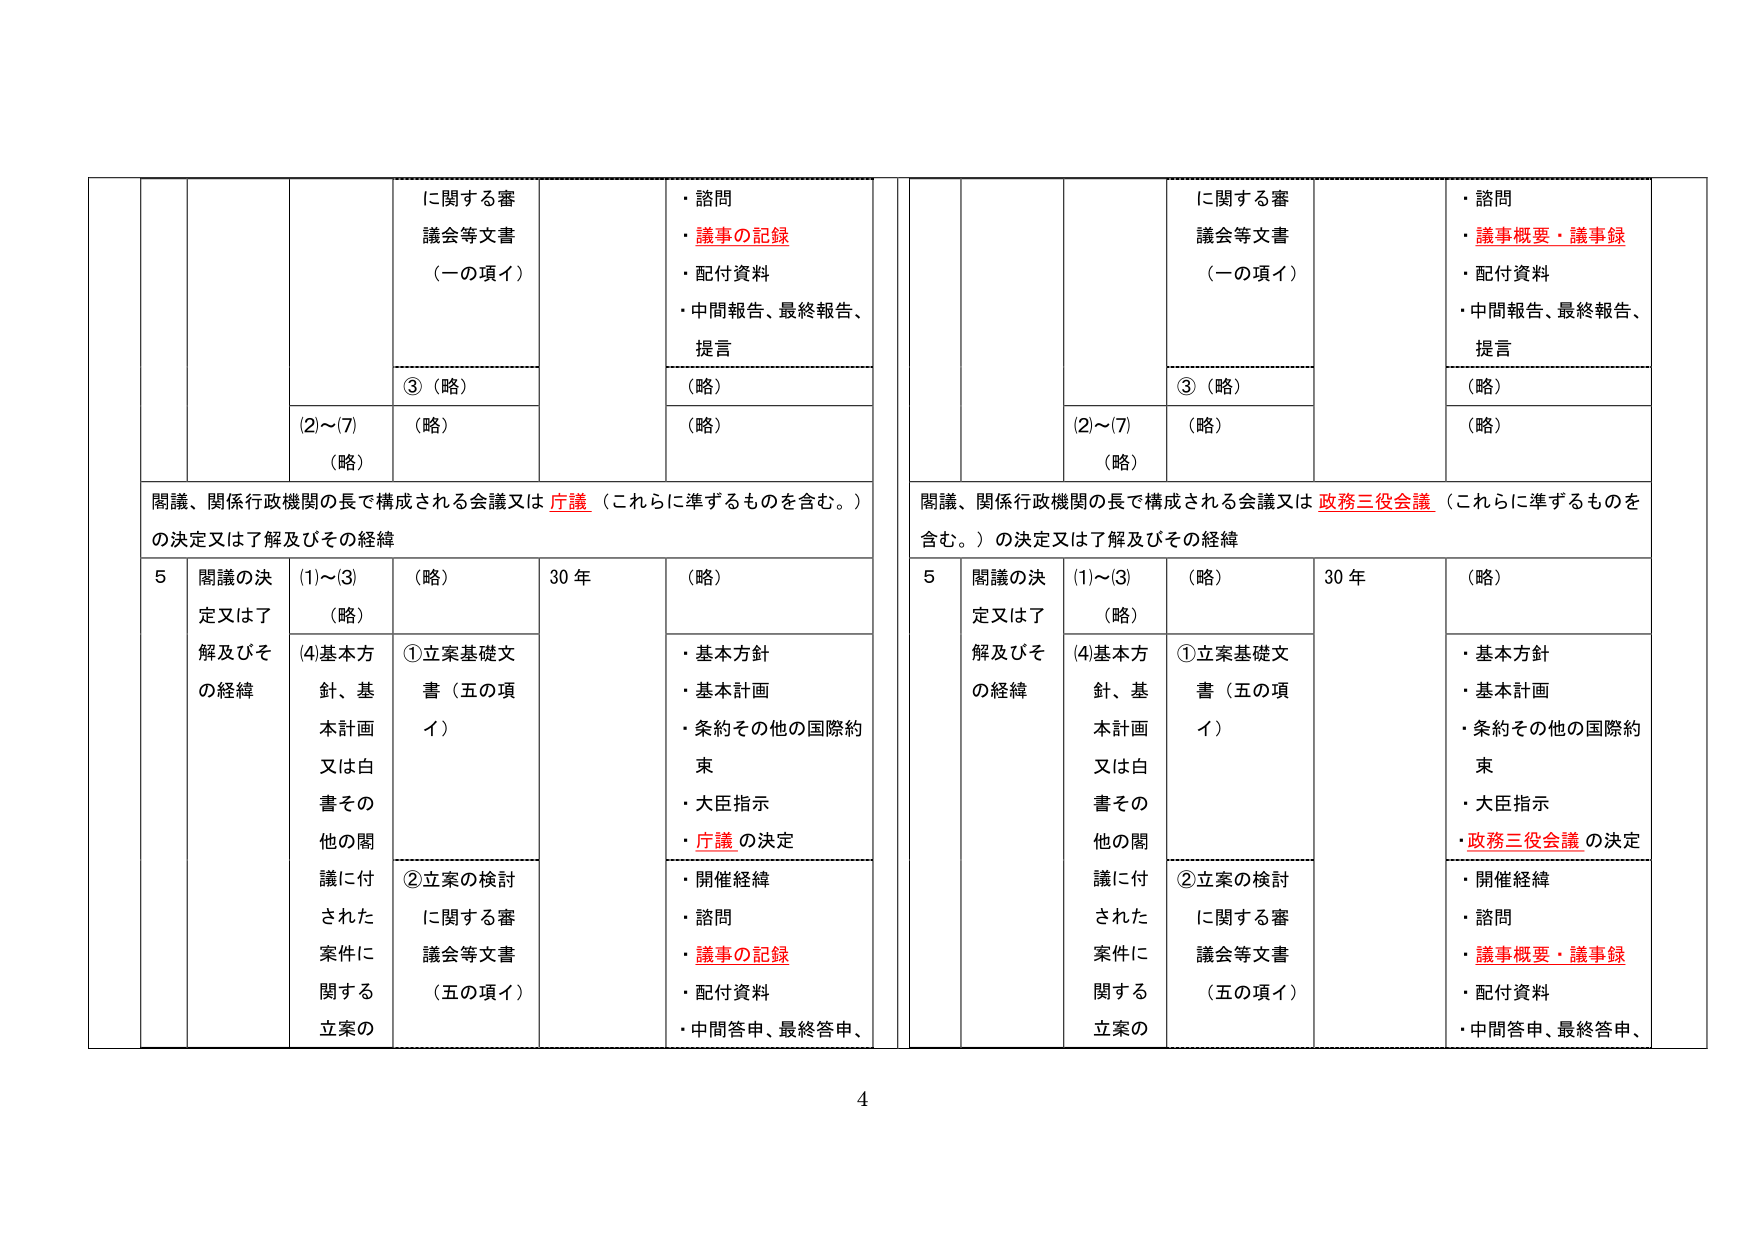
に関する審
議会等文書
（一の項イ）

③（略）

(2)～(7)
（略）

・諮問
・議事の記録
・配付資料
・中間報告、最終報告、
提言

（略）

（略）

関議、関係行政機関の長で構成される会議又は 庁議 （これらに準ずるものを含む。）
の決定又は了解及びその経緯

5 関議の決
定又は了
解及びそ
の経緯

(1)～(3)
（略）

(4)基本方
針、基
本計画
又は白
書その
他の関
議に付
された
案件に
関する
立案の

（略）

30 年

（略）

①立案基礎文
書（五の項
イ）

②立案の検討
に関する審
議会等文書
（五の項イ）

・基本方針
・基本計画
・条約その他の国際約
束
・大臣指示
・庁議 の決定

・開催経緯
・諮問
・議事の記録
・配付資料
・中間答申、最終答申、

に関する審
議会等文書
（一の項イ）

③（略）

(2)～(7)
（略）

・諮問
・議事概要・議事録
・配付資料
・中間報告、最終報告、
提言

（略）

（略）

関議、関係行政機関の長で構成される会議又は 政務三役会議 （これらに準ずるものを
含む。）の決定又は了解及びその経緯

5 関議の決
定又は了
解及びそ
の経緯

(1)～(3)
（略）

(4)基本方
針、基
本計画
又は白
書その
他の関
議に付
された
案件に
関する
立案の

（略）

30 年

（略）

①立案基礎文
書（五の項
イ）

②立案の検討
に関する審
議会等文書
（五の項イ）

・基本方針
・基本計画
・条約その他の国際約
束
・大臣指示
・政務三役会議 の決定

・開催経緯
・諮問
・議事概要・議事録
・配付資料
・中間答申、最終答申、

4